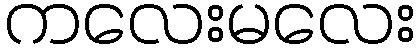
ကလေးမလေး